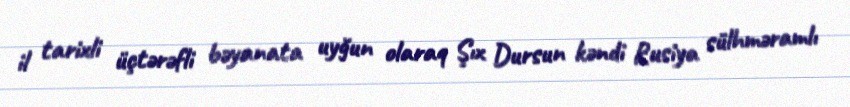
il tarixli üçtərəfli bəyanata uyğun olaraq Şıx Dursun kəndi Rusiya sülhməramlı